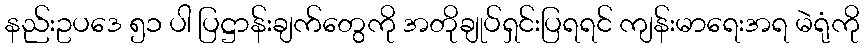
နည်းဥပဒေ ၅၁ ပါ ပြဋ္ဌာန်းချက်တွေကို အတိုချုပ်ရှင်းပြရရင် ကျန်းမာရေးအရ မဲရုံကို